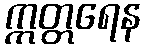
ဣတ္တရေန